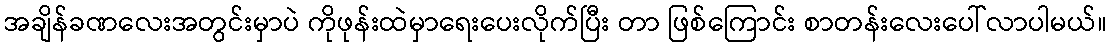
အချိန်ခဏလေးအတွင်းမှာပဲ ကိုဖုန်းထဲမှာရေးပေးလိုက်ပြီး တာ ဖြစ်ကြောင်း စာတန်းလေးပေါ်လာပါမယ်။